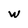
Character: w